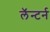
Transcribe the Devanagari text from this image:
लॅन्टर्न